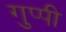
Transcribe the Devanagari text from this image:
गुप्पी